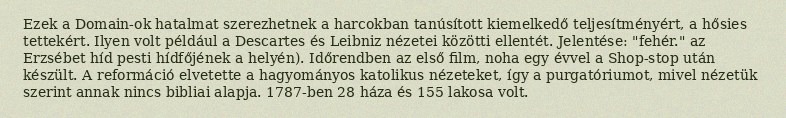
Ezek a Domain-ok hatalmat szerezhetnek a harcokban tanúsított kiemelkedő teljesítményért, a hősies tettekért. Ilyen volt például a Descartes és Leibniz nézetei közötti ellentét. Jelentése: "fehér." az Erzsébet híd pesti hídfőjének a helyén). Időrendben az első film, noha egy évvel a Shop-stop után készült. A reformáció elvetette a hagyományos katolikus nézeteket, így a purgatóriumot, mivel nézetük szerint annak nincs bibliai alapja. 1787-ben 28 háza és 155 lakosa volt.